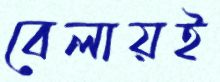
বেলায়ই